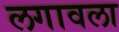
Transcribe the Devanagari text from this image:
लगावला